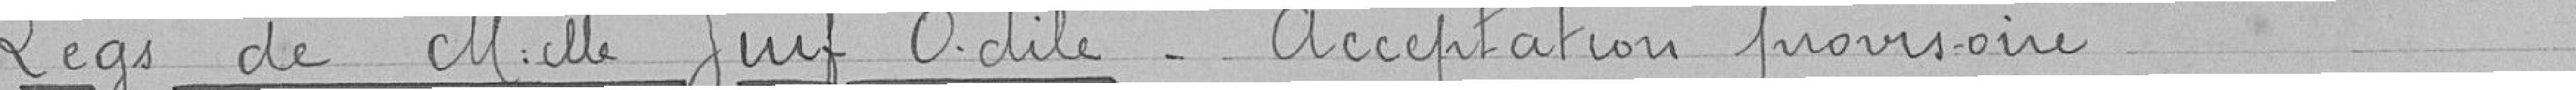
Legs de M.lle Juif Odile_ Acceptation provisoire